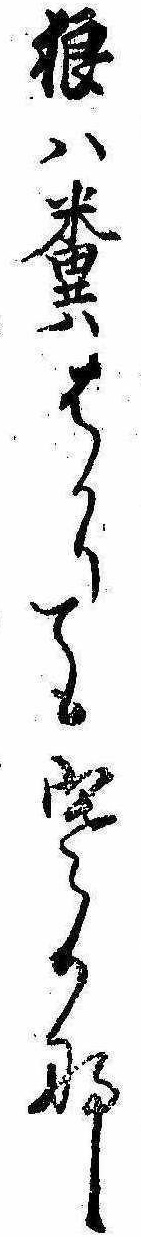
狼は糞はかりても寒かな